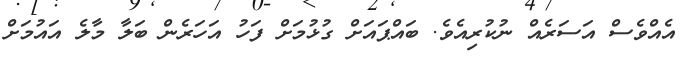
އެއްވެސް އަސަރެއް ނުކުރިއެވެ. ބައްޕައަށް ގުޅުމަށް ފަހު އަހަރެން ބަލާ މާލެ އައުމަށް